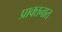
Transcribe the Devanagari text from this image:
प्राक्तनात